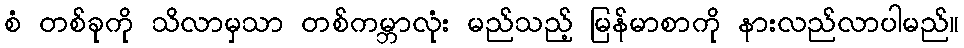
စံ တစ်ခုကို သိလာမှသာ တစ်ကမ္ဘာလုံး မည်သည့် မြန်မာစာကို နားလည်လာပါမည်။